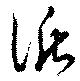
循